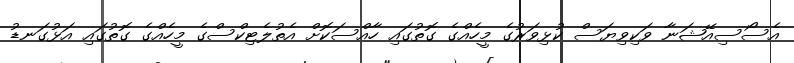
އެސޯސިއޭޝަނާ ވަކިވިޔަސް ކުޅިވަރުގެ މީހެއްގެ ގޮތުގައި ހާއްސަކޮށް އެތުލެޓިކްސްގެ މީހެއްގެ ގޮތުގައި އަޅުގަނޑު